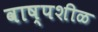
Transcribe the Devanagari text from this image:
वाष्पशीळ